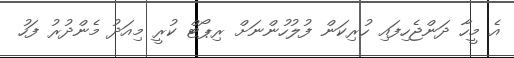
އެ މީހާ ދަންޖެހިފައި ހުރިކަން ފުލުހުންނަށް ރިޕޯޓް ކުރީ މިއަދު މެންދުރު ފަހު